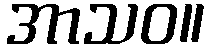
အာသဝ။